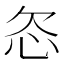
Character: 𬅟